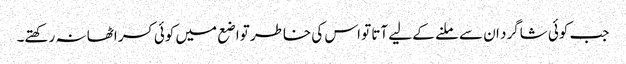
جب کوئی شاگرد ان سے ملنے کے لیے آتا تو اس کی خاطر تواضع میں کوئی کسر اٹھا نہ رکھتے۔